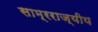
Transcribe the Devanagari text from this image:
साम्रराज्यीय